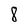
Character: 8